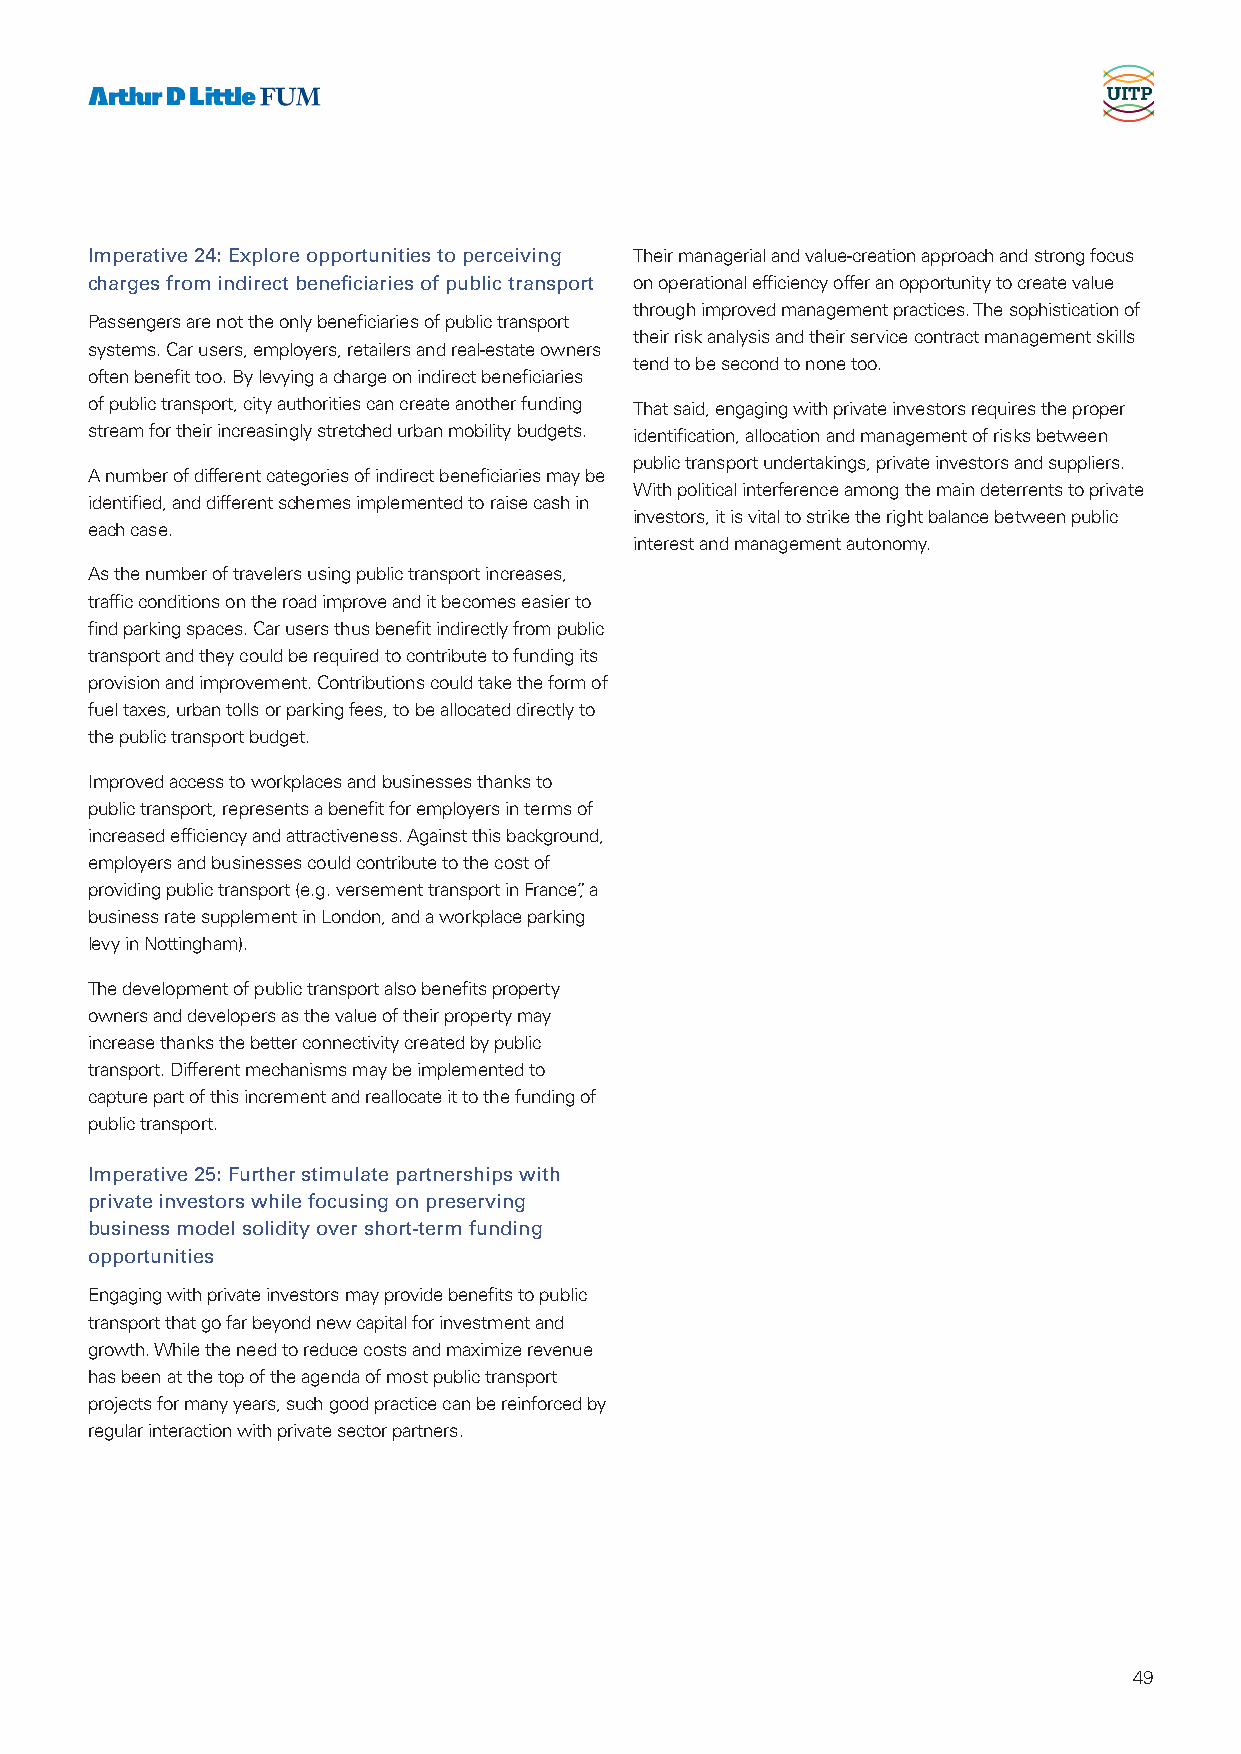
Imperative 24: Explore opportunities to perceiving Their managerial and value-creation approach and strong focus
 charges from indirect beneficiaries of public transport on operational efficiency offer an opportunity to create value
 through improved management practices. The sophistication of
 Passengers are not the only beneficiaries of public transport
 their risk analysis and their service contract management skills
 systems. Car users, employers, retailers and real-estate owners
 tend to be second to none too.
 often benefit too. By levying a charge on indirect beneficiaries
 of public transport, city authorities can create another funding That said, engaging with private investors requires the proper
 stream for their increasingly stretched urban mobility budgets. identification, allocation and management of risks between
 public transport undertakings, private investors and suppliers.
 A number of different categories of indirect beneficiaries may be
 With political interference among the main deterrents to private
 identified, and different schemes implemented to raise cash in
 investors, it is vital to strike the right balance between public
 each case.
 interest and management autonomy.
 As the number of travelers using public transport increases,
 traffic conditions on the road improve and it becomes easier to
 find parking spaces. Car users thus benefit indirectly from public
 transport and they could be required to contribute to funding its
 provision and improvement. Contributions could take the form of
 fuel taxes, urban tolls or parking fees, to be allocated directly to
 the public transport budget.
 Improved access to workplaces and businesses thanks to
 public transport, represents a benefit for employers in terms of
 increased efficiency and attractiveness. Against this background,
 employers and businesses could contribute to the cost of
 providing public transport (e.g. versement transport in France”, a
 business rate supplement in London, and a workplace parking
 levy in Nottingham).
 The development of public transport also benefits property
 owners and developers as the value of their property may
 increase thanks the better connectivity created by public
 transport. Different mechanisms may be implemented to
 capture part of this increment and reallocate it to the funding of
 public transport.
 Imperative 25: Further stimulate partnerships with
 private investors while focusing on preserving
 business model solidity over short-term funding
 opportunities
 Engaging with private investors may provide benefits to public
 transport that go far beyond new capital for investment and
 growth. While the need to reduce costs and maximize revenue
 has been at the top of the agenda of most public transport
 projects for many years, such good practice can be reinforced by
 regular interaction with private sector partners.
 49